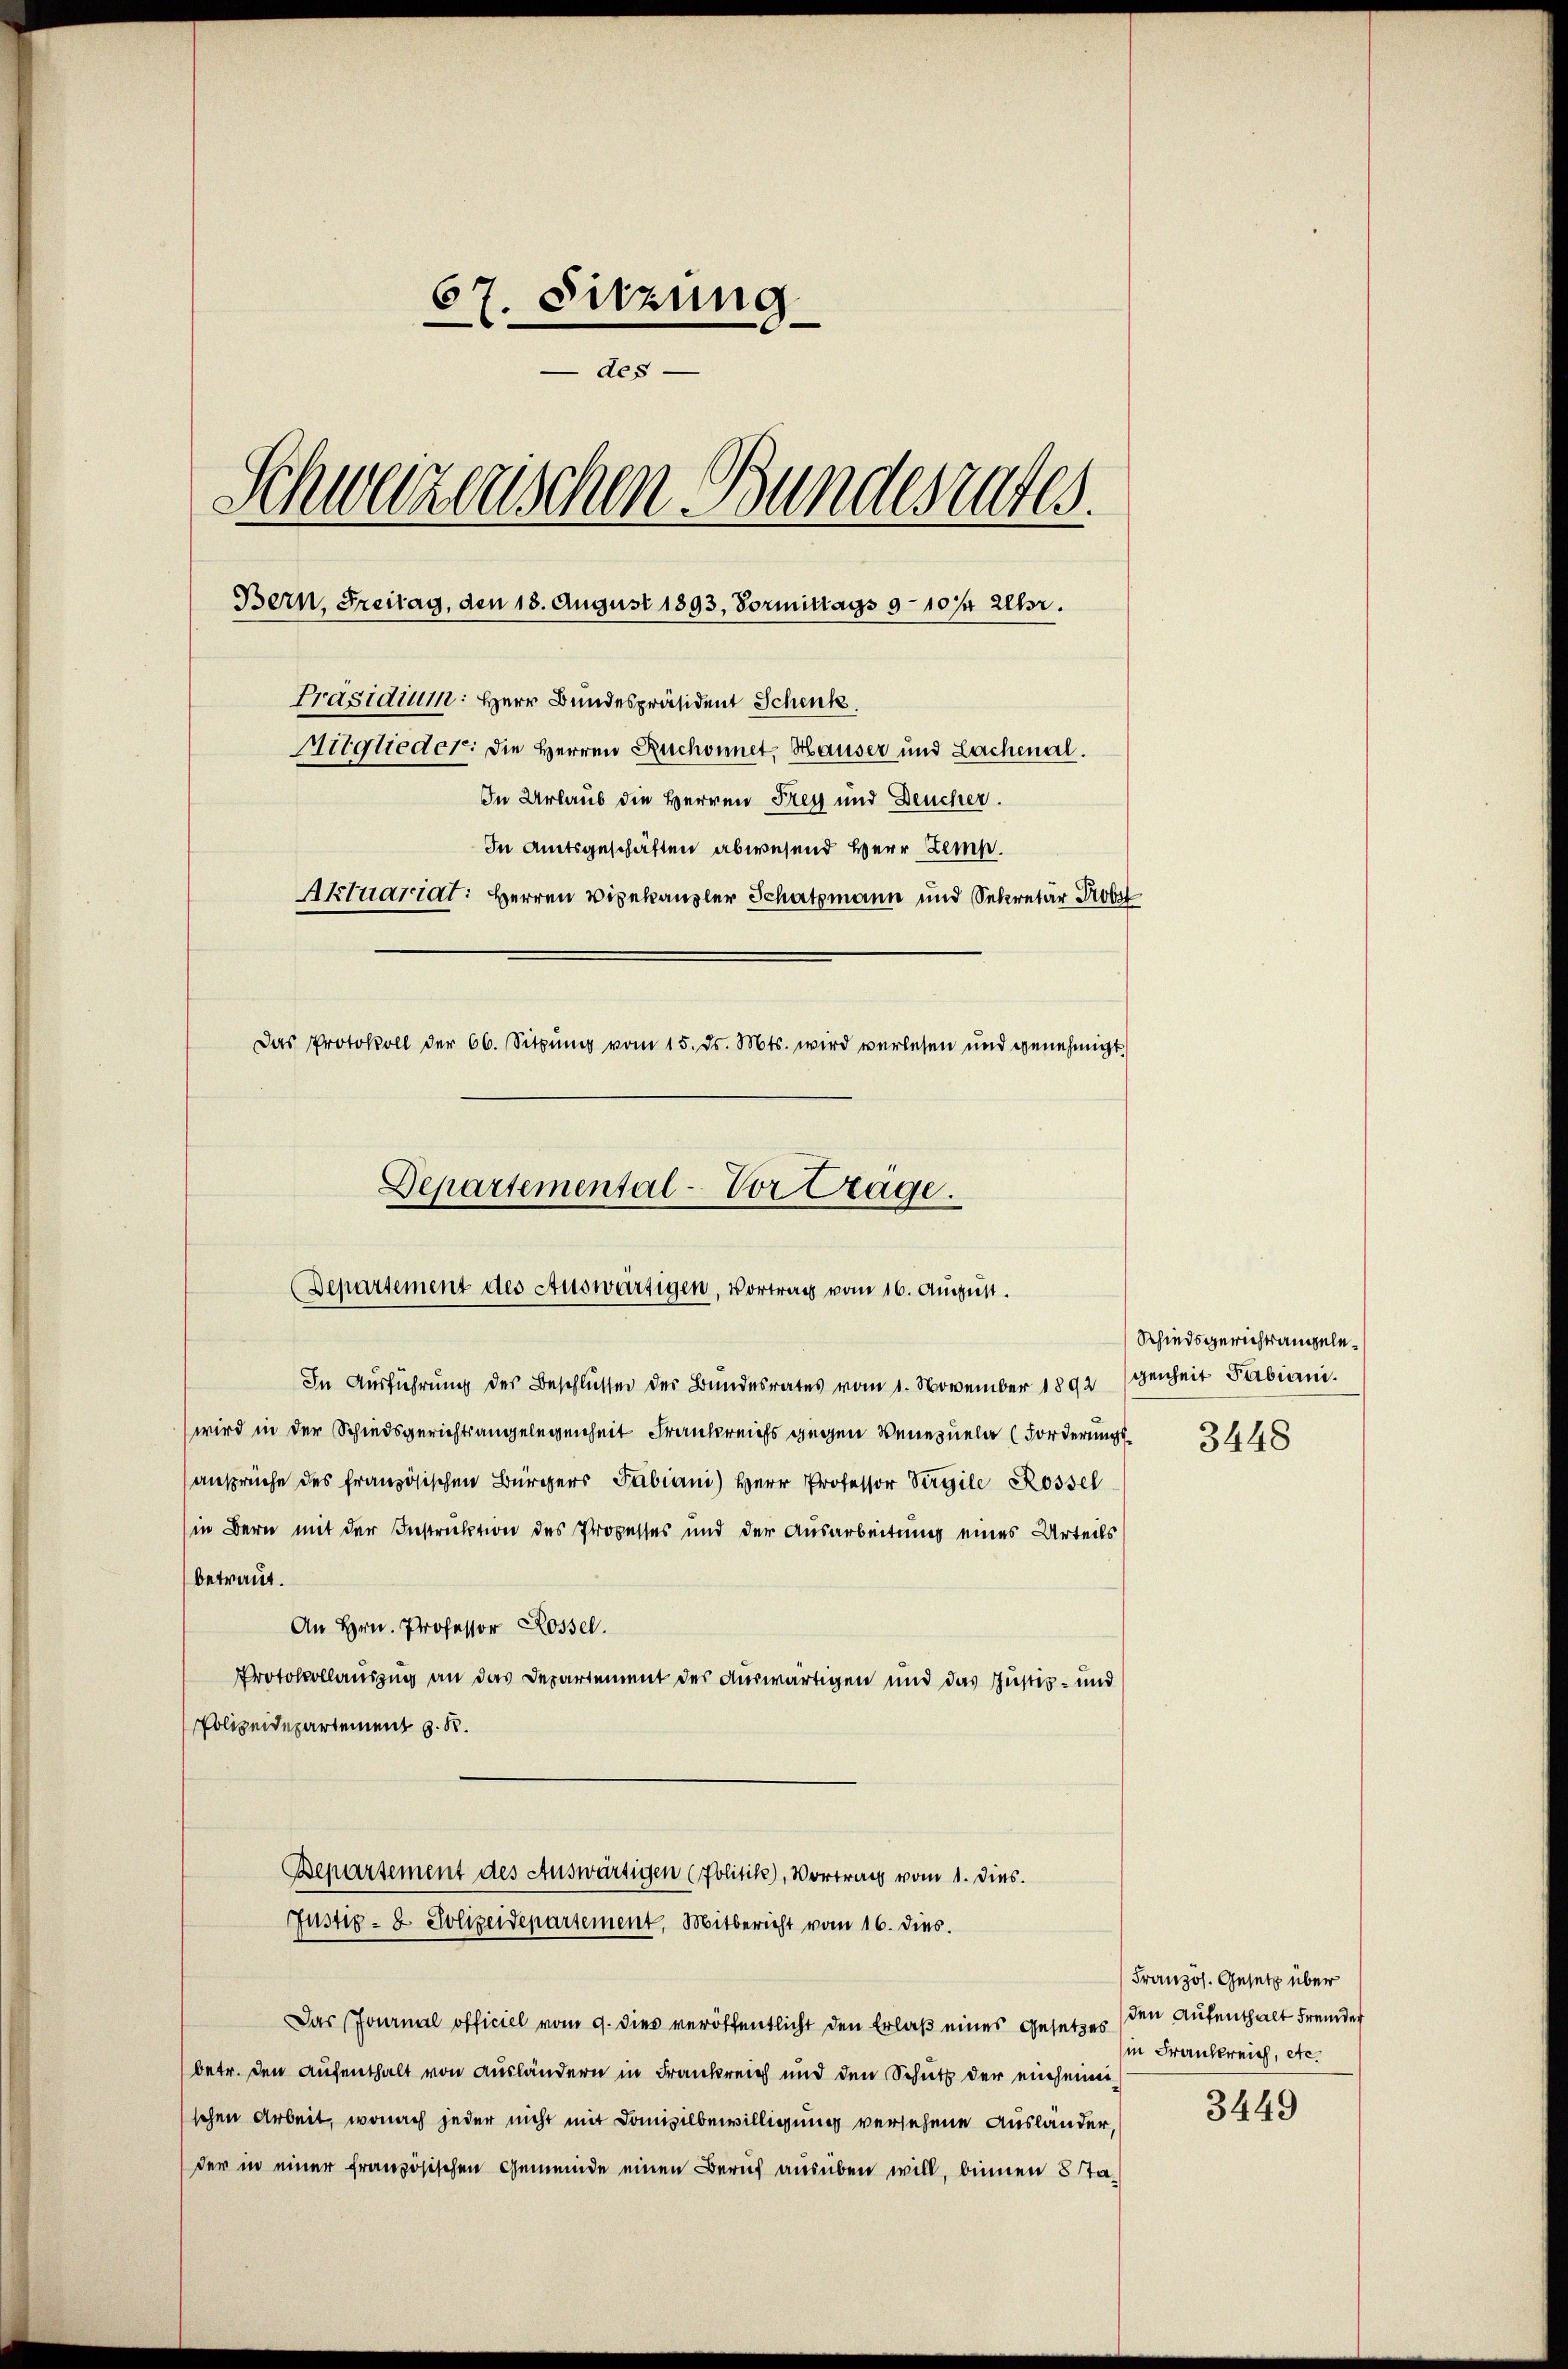
67. Sitzung
des
Schweizerischen Bundesrates.
Bern, Freitag, den 18. August 1893, Vormittags 9 - 1014 Uhr.
Präsidium: Herr Bundespräsident Schenk
Mitglieder: die Herren Ruchonnet, Hauser und Lachenal.
In Urlaub die Herren Frey und Deucher.
In Amtsgeschäften abwesend Herr Zemp.
Aktuariat: Herren Vizekanzler Schatzmann und Sekretär Prof
Das Protokoll der 66. Sitzŭng vom 15. ds. Mts. wird verlesen und genehmigt

Departemental-Vortrage.
(Departement des Auswärtigen, Vortrag vom 16. August.

In Ausführung des Beschlüssen des Bundesrates vom 1. November 1892
wird in der Schiedsgerichtsangelegenheit Frankreichs gegen Vereuela (Forderungsansprüche des französischen Bürgers Fabiani) Herr Professor Virgile Rossel
in Bern mit der Instruktion des Prozesses und der Ausarbeitung eines Urteils
betraut.
An Hrn. Professor Rossel.
Protokollauszug an das Departement des Auswärtigen und das Justiz- und
Polizeidepartement z. R.
Bepartement des Auswärtigen (Politik), Vortrag vom 1. Dies
Justiz- & Polizeidepartement, Mitbericht vom 16. dies.
Das Journal officiel vom 9. dies veröffentlicht den Erlaß eines Gesetzes (den Aufenthalt Fremder
betr. den Aufenthalt von Ausländern in Frankreich und den Schutz der einheimi
schen Arbeit, wonach jeder nicht mit Domizilbewilligung versehene Ausländer
der in einer französischen Gemeinde einen Beruf ausüben will, binnen 5 Ta¬

Schiedsgerichtsangelegenheit Fabiani.
3448

Französ. Gesetz über
in Frankreich, etc.

3449